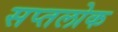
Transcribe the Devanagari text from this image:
सप्तलोक